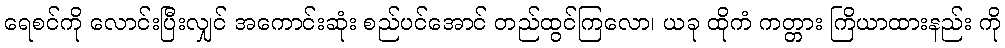
ရေစင်ကို လောင်းပြီးလျှင် အကောင်းဆုံး စည်ပင်အောင် တည်ထွင်ကြလော၊ ယခု ထိုကံ ကတ္တား ကြိယာထားနည်း ကို